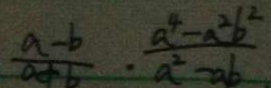
\frac { a - b } { a + b } \cdot \frac { a ^ { 4 } - a ^ { 2 } b ^ { 2 } } { a ^ { 2 } - a b }